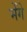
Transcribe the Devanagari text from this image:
भेंगे